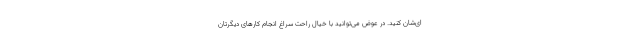
ای‌شان کنید. در عوض می‌توانید با خیال راحت سراغ انجام کارهای دیگرتان